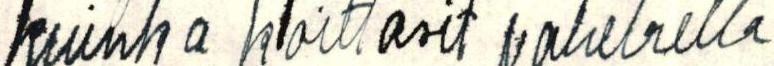
kuinka koittasit vahelrella